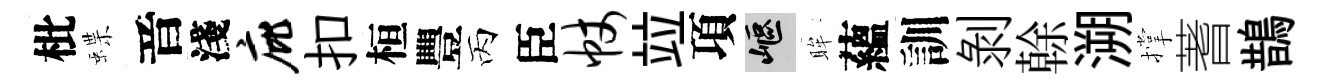
枇蝶音淺庇扣桓豐丙臣帐竝項嶇眸蘊訓剥𠏉溯撑蓍鵲